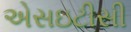
એસઇટીસી